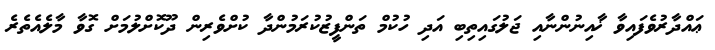
ޢައްދާރުވެފައިވާ ޚާއިނުންނާއި ޖަލުގައިތިބި އަދި ހުކުމް ތަންފީޒުކުރަމުންދާ ކުށްވެރިން ދޫކޮށްލުމަށް ގޮވާ މާލެއެތެރެ